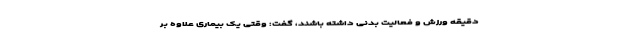
دقیقه ورزش و فعالیت بدنی داشته باشند، گفت: وقتی یک بیماری علاوه بر